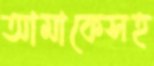
আমাকেসহ